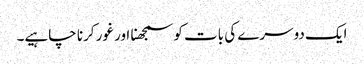
ایک دوسرے کی بات کو سمجھنا اور غور کرنا چاہیے۔